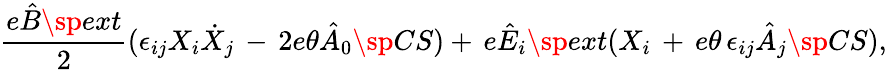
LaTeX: \frac{e\hat{B}\sp{ext}}{2}(\epsilon_{ij}X_{i}\dot{X}_{j}\, -\, 2e\theta\hat{A}_{0}\sp{CS})+\, e\hat{E}_{i}\sp{ext}(X_{i}\, +\, e\theta\, \epsilon_{ij}\hat{A}_{j}\sp{CS}),